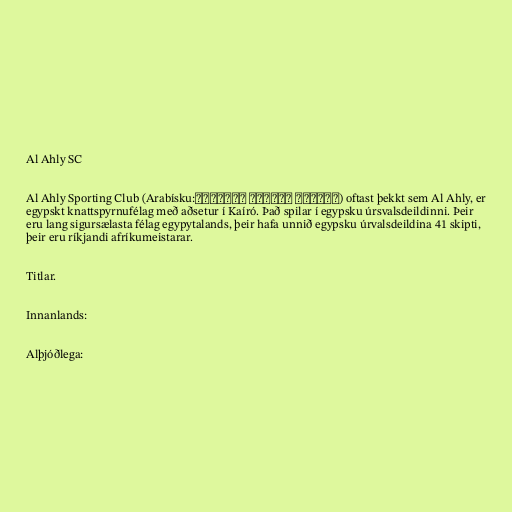
Al Ahly SC

Al Ahly Sporting Club (Arabísku:النادي الأهلي الرياضي) oftast þekkt sem Al Ahly, er
egypskt knattspyrnufélag með aðsetur í Kaíró. Það spilar í egypsku úrsvalsdeildinni. Þeir
eru lang sigursælasta félag egypytalands, þeir hafa unnið egypsku úrvalsdeildina 41 skipti,
þeir eru ríkjandi afríkumeistarar.

Titlar.

Innanlands:

Alþjóðlega: